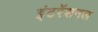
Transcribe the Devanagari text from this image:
इंटरॅशनल